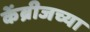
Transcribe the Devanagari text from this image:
केंब्रीजच्या